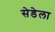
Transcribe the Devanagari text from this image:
सेडेला